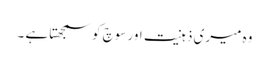
وہ میری ذہنیت اور سوچ کو سمجھتا ہے ۔